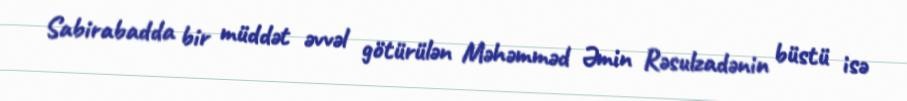
Sabirabadda bir müddət əvvəl götürülən Məhəmməd Əmin Rəsulzadənin büstü isə